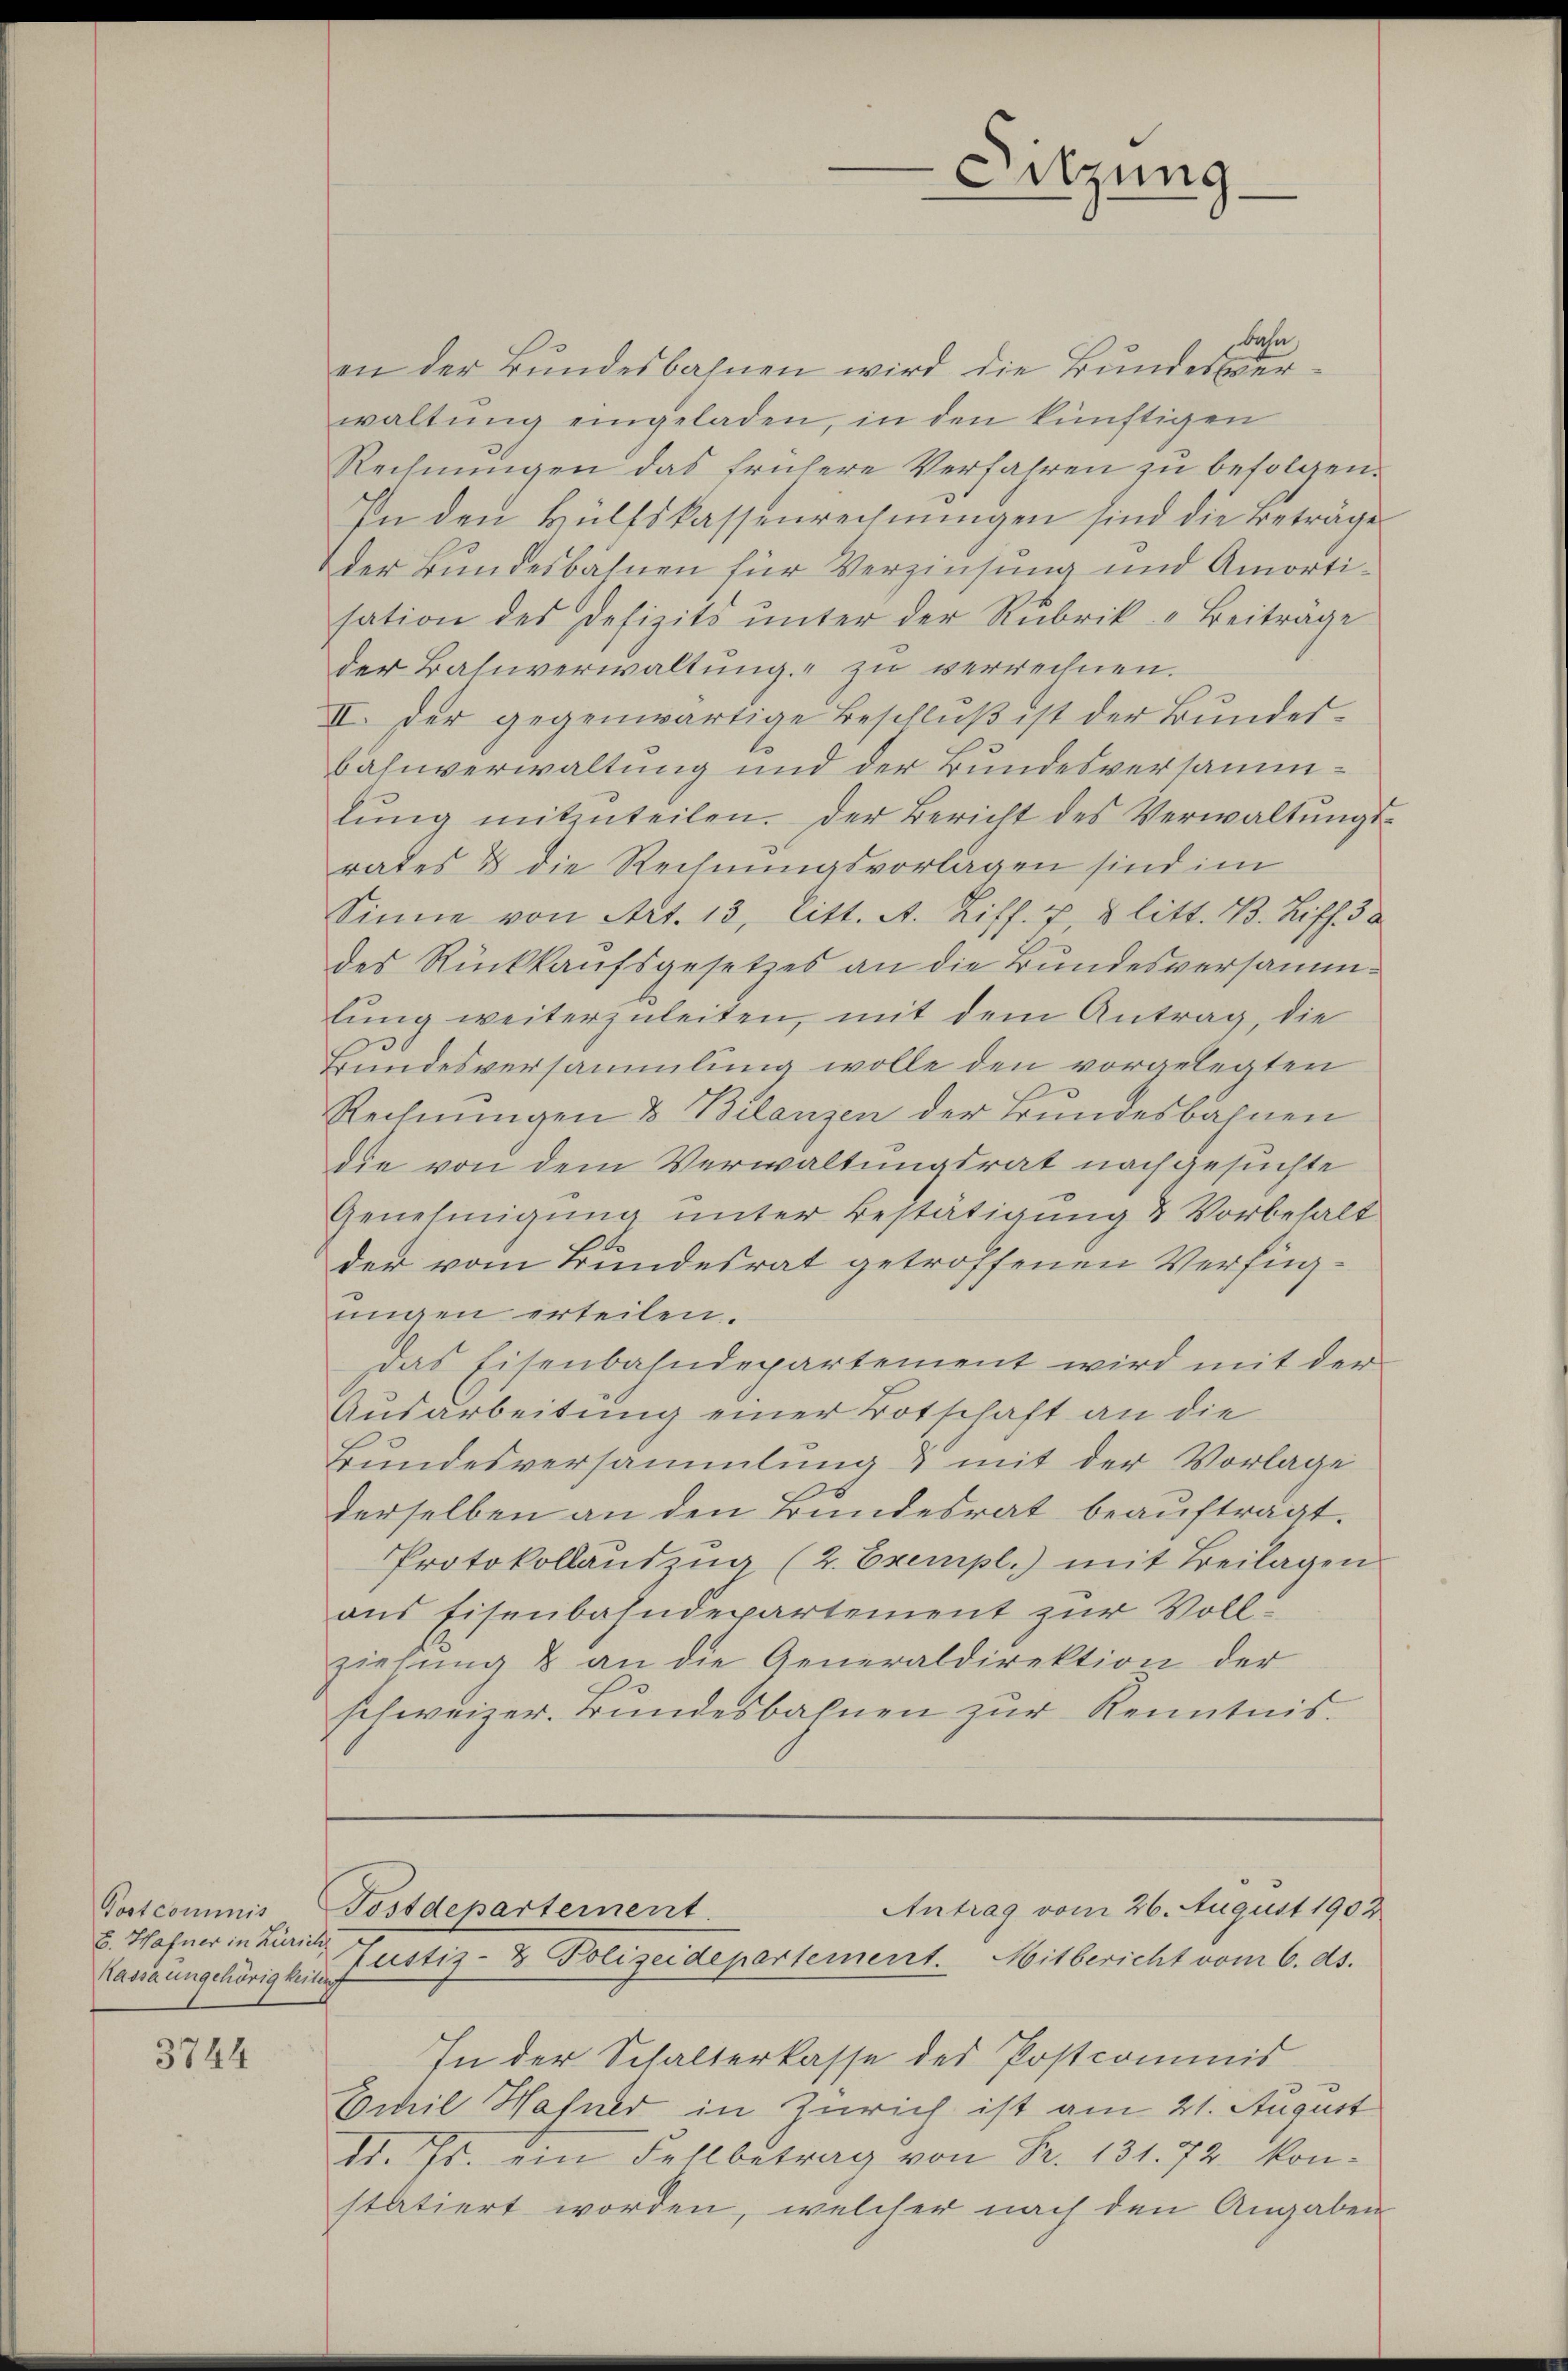
Post commis
B. Hafner in Zürich
Kassa ungehörigkeiten

3744

bahn,
en der Bundesbahnen wird die Bundesverwaltung eingeladen, in den künftigen
Rechnungen das frühere Verfahren zu befolgen.
In den Hülfskassenrechnungen sind die Beträge
der Bundesbahnen für Verzinsung und Amortisation des Defizits ŭnter der Rubrik „Beiträge
der Bahnverwaltung zu verrechnen.
II. Der gegenwärtige Beschlŭβ ist der Bŭndes-
bahnverwaltung und der Bundesversammlŭng mitzŭteilen. Der Bericht des Verwaltŭngs-
rates & die Rechnungsvorlagen sind im
Sinne von Art. 13, litt. A. Ziff. 2, 8 litt. B. Ziff. 30
des Rückkaufsgesetzes an die Bundesversammlung weiterzuleiten, mit dem Antrag, die
Bundesversammlung wolle den vorgelegten
Rechnungen & Bilanzen der Bundesbahnen
die von dem Verwaltungsrat nachgesuchte
Genehmigŭng ŭnter Bestätigung & Vorbehalt
.
der vom Bundesrat getroffenen Verfügungen erteilen.
Das Eisenbahndepartement wird mit der
Ausarbeitung einer Botschaft an die
Bundesversammlung & mit der Vorlage
derselben an den Bundesrat beauftragt.
Protokollauszug (2. Exempl.) mit Beilagen
ans Eisenbahndepartement zur Vollziehung & an die Generaldirektion der
schweizer. Bundesbahnen zur Kenntnis.

Sitzung

In der Schalterkasse des Postcommis
Emil Hafner in Zürich ist am 21. August
11. Js. ein Fehlbetrag von Fr. 131. 72. kon-
statiert worden, welcher nach den Angaben

Antrag vom 26. August 1902
Fostdepartement.
Justiz- & Polizeidepartement. Mitbericht vom 6. ds.